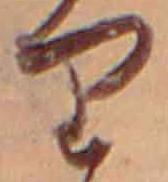
り